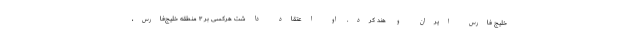
خلیج فارس ایران و هند کرد. او اعتقاد داشت هرکسی بر ۳ منطقه خلیج‌فارس،